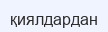
қиялдардан